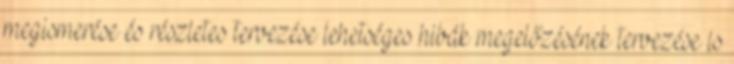
megismerése és részletes tervezése lehetséges hibák megelőzésének tervezése is